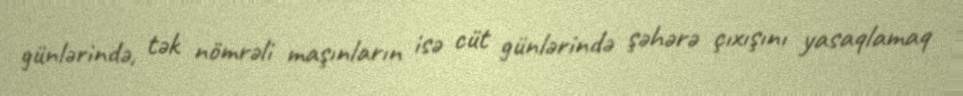
günlərində, tək nömrəli maşınların isə cüt günlərində şəhərə çıxışını yasaqlamaq